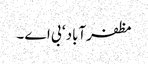
مظفرآباد ‘ بی اے ۔